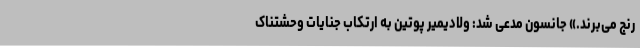
رنج می‌برند.» جانسون مدعی شد: ولادیمیر پوتین به ارتکاب جنایات وحشتناک